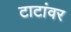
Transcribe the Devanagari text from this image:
टाटांवर